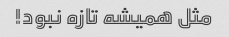
مثل همیشه تازه نبود!